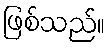
ဖြစ်သည်။